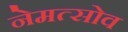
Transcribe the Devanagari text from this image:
नेमत्सोव